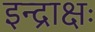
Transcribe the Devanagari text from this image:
इन्द्राक्षः